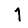
Digit: 1